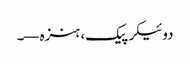
دوئیکر پیک، ہنزہ—۔